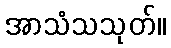
အာသံသသုတ်။